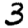
Digit: 3